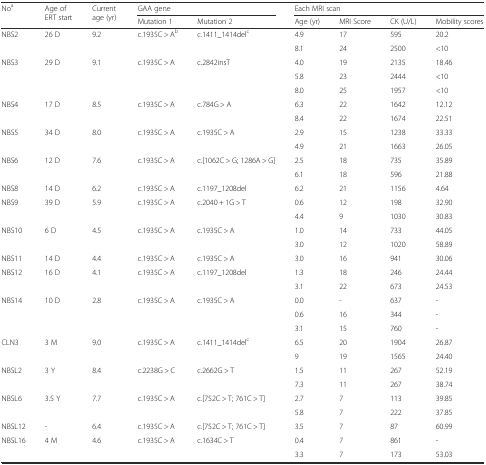
<table><thead><tr><td rowspan="2"><b>No<sup>a</sup></b></td><td rowspan="2"><b>Age of ERT start</b></td><td rowspan="2"><b>Current age (yr)</b></td><td colspan="2"><b>GAA gene</b></td><td colspan="4"><b>Each MRI scan</b></td></tr><tr><td><b>Mutation 1</b></td><td><b>Mutation 2</b></td><td><b>Age (yr)</b></td><td><b>MRI Score</b></td><td><b>CK (U/L)</b></td><td><b>Mobility scores</b></td></tr></thead><tbody><tr><td>NBS2</td><td>26 D</td><td>9.2</td><td rowspan="2">c.1935C &gt; A<sup>b</sup></td><td rowspan="2">c.1411_1414del<sup>c</sup></td><td>4.9</td><td>17</td><td>595</td><td>20.2</td></tr><tr><td></td><td></td><td></td><td>8.1</td><td>24</td><td>2500</td><td>&lt;10</td></tr><tr><td>NBS3</td><td>29 D</td><td>9.1</td><td rowspan="3">c.1935C &gt; A</td><td rowspan="3">c.2842insT</td><td>4.0</td><td>19</td><td>2135</td><td>18.46</td></tr><tr><td></td><td></td><td></td><td>5.8</td><td>23</td><td>2444</td><td>&lt;10</td></tr><tr><td></td><td></td><td></td><td>8.0</td><td>25</td><td>1957</td><td>&lt;10</td></tr><tr><td>NBS4</td><td>17 D</td><td>8.5</td><td rowspan="2">c.1935C &gt; A</td><td rowspan="2">c.784G &gt; A</td><td>6.3</td><td>22</td><td>1642</td><td>12.12</td></tr><tr><td></td><td></td><td></td><td>8.4</td><td>22</td><td>1674</td><td>22.51</td></tr><tr><td>NBS5</td><td>34 D</td><td>8.0</td><td rowspan="2">c.1935C &gt; A</td><td rowspan="2">c.1935C &gt; A</td><td>2.9</td><td>15</td><td>1238</td><td>33.33</td></tr><tr><td></td><td></td><td></td><td>4.9</td><td>21</td><td>1663</td><td>26.05</td></tr><tr><td>NBS6</td><td>12 D</td><td>7.6</td><td rowspan="2">c.1935C &gt; A</td><td rowspan="2">c.[1062C &gt; G; 1286A &gt; G]</td><td>2.5</td><td>18</td><td>735</td><td>35.89</td></tr><tr><td></td><td></td><td></td><td>6.1</td><td>18</td><td>596</td><td>21.88</td></tr><tr><td>NBS8</td><td>14 D</td><td>6.2</td><td>c.1935C &gt; A</td><td>c.1197_1208del</td><td>6.2</td><td>21</td><td>1156</td><td>4.64</td></tr><tr><td>NBS9</td><td>39 D</td><td>5.9</td><td rowspan="2">c.1935C &gt; A</td><td rowspan="2">c.2040 + 1G &gt; T</td><td>0.6</td><td>12</td><td>198</td><td>32.90</td></tr><tr><td></td><td></td><td></td><td>4.4</td><td>9</td><td>1030</td><td>30.83</td></tr><tr><td>NBS10</td><td>6 D</td><td>4.5</td><td rowspan="2">c.1935C &gt; A</td><td rowspan="2">c.1935C &gt; A</td><td>1.0</td><td>14</td><td>733</td><td>44.05</td></tr><tr><td></td><td></td><td></td><td>3.0</td><td>12</td><td>1020</td><td>58.89</td></tr><tr><td>NBS11</td><td>14 D</td><td>4.4</td><td>c.1935C &gt; A</td><td>c.1935C &gt; A</td><td>3.0</td><td>16</td><td>941</td><td>30.06</td></tr><tr><td>NBS12</td><td>16 D</td><td>4.1</td><td rowspan="2">c.1935C &gt; A</td><td rowspan="2">c.1197_1208del</td><td>1.3</td><td>18</td><td>246</td><td>24.44</td></tr><tr><td></td><td></td><td></td><td>3.1</td><td>22</td><td>673</td><td>24.53</td></tr><tr><td>NBS14</td><td>10 D</td><td>2.8</td><td rowspan="3">c.1935C &gt; A</td><td rowspan="3">c.1935C &gt; A</td><td>0.0</td><td>-</td><td>637</td><td>-</td></tr><tr><td></td><td></td><td></td><td>0.6</td><td>16</td><td>344</td><td>-</td></tr><tr><td></td><td></td><td></td><td>3.1</td><td>15</td><td>760</td><td>-</td></tr><tr><td>CLN3</td><td>3 M</td><td>9.0</td><td rowspan="2">c.1935C &gt; A</td><td rowspan="2">c.1411_1414del<sup>c</sup></td><td>6.5</td><td>20</td><td>1904</td><td>26.87</td></tr><tr><td></td><td></td><td></td><td>9</td><td>19</td><td>1565</td><td>24.40</td></tr><tr><td>NBSL2</td><td>3 Y</td><td>8.4</td><td>c.2238G &gt; C</td><td>c.2662G &gt; T</td><td>1.5</td><td>11</td><td>267</td><td>52.19</td></tr><tr><td></td><td></td><td></td><td></td><td></td><td>7.3</td><td>11</td><td>267</td><td>38.74</td></tr><tr><td>NBSL6</td><td>3.5 Y</td><td>7.7</td><td>c.1935C &gt; A</td><td>c.[752C &gt; T; 761C &gt; T]</td><td>2.7</td><td>7</td><td>113</td><td>39.85</td></tr><tr><td></td><td></td><td></td><td></td><td></td><td>5.8</td><td>7</td><td>222</td><td>37.85</td></tr><tr><td>NBSL12</td><td>-</td><td>6.4</td><td>c.1935C &gt; A</td><td>c.[752C &gt; T; 761C &gt; T]</td><td>3.5</td><td>7</td><td>87</td><td>60.99</td></tr><tr><td>NBSL16</td><td>4 M</td><td>4.6</td><td>c.1935C &gt; A</td><td>c.1634C &gt; T</td><td>0.4</td><td>7</td><td>861</td><td>-</td></tr><tr><td></td><td></td><td></td><td></td><td></td><td>3.3</td><td>7</td><td>173</td><td>53.03</td></tr></tbody></table>